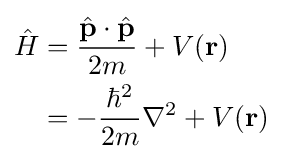
{\begin{aligned}{\hat {H}}&={\frac {{\hat {\mathbf {p} }}\cdot {\hat {\mathbf {p} }}}{2m}}+V(\mathbf {r} )\\&=-{\frac {\hbar ^{2}}{2m}}\nabla ^{2}+V(\mathbf {r} )\end{aligned}}